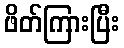
ဖိတ်ကြားပြီး